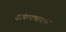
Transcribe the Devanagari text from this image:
दांपत्यभावना